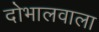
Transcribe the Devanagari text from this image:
दोभालवाला